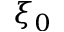
\xi _ { 0 }